Lunatic asylums Punjab 1868-1880 - 1868-1880
Year: 1868
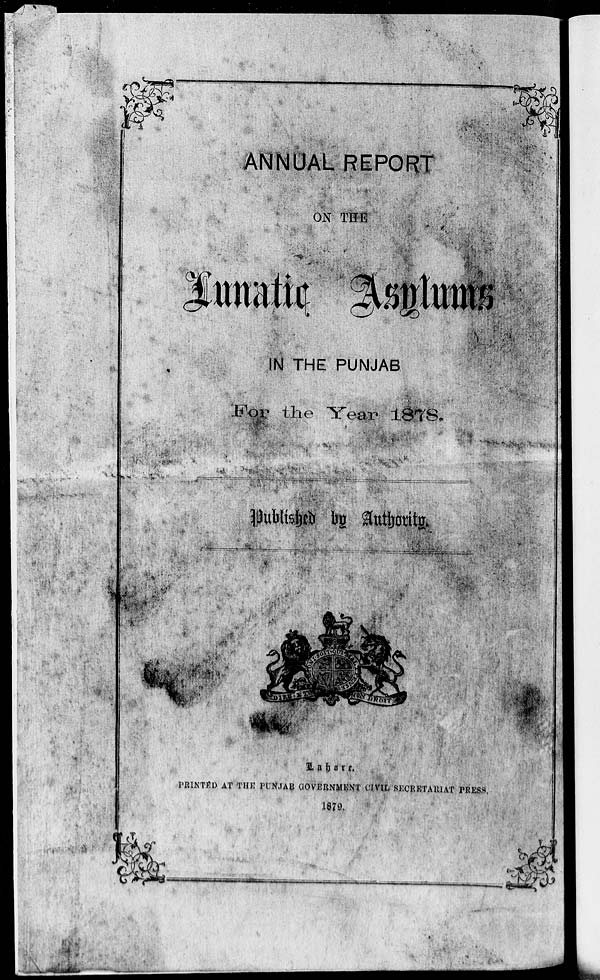
ANNUAL REPORT
ON THE
Lunatic Asylums
IN THE PUNJAB
For the Year 1878.
Published by Authority.
Lahore.
PRINTED AT THE PUNJAB GOVERNMENT CIVIL SECRETARIAT PRESS.
1879.